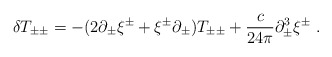
\begin{align*}\delta T_{\pm\pm} = - (2\partial_\pm \xi^\pm + \xi^\pm\partial_\pm) T_{\pm\pm} + {c\over 24\pi} \partial^3_\pm \xi^\pm\ .\end{align*}